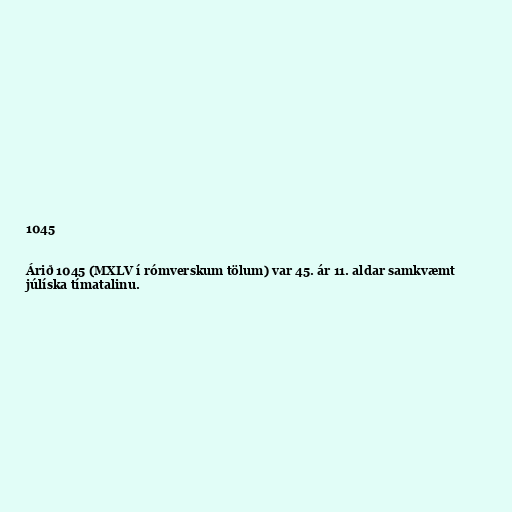
1045

Árið 1045 (MXLV í rómverskum tölum) var 45. ár 11. aldar samkvæmt
júlíska tímatalinu.